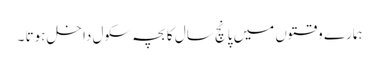
ہمارے وقتوں میں پانچ سال کا بچہ سکول داخل ہوتا ۔